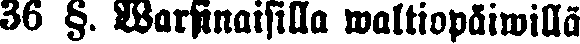
36 §. Warsinaisilla waltiopäiwillä